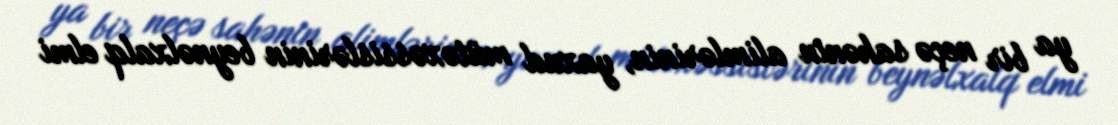
ya bir neçə sahənin alimlərinin, yaxud mütəxəssislərinin beynəlxalq elmi